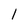
Character: l